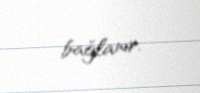
bağlanır.